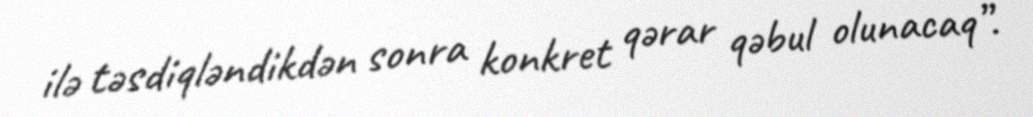
ilə təsdiqləndikdən sonra konkret qərar qəbul olunacaq”.